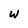
Character: w